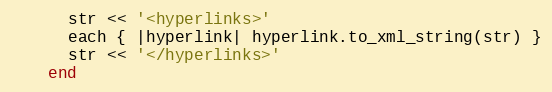
Language: Ruby
      str << '<hyperlinks>'
      each { |hyperlink| hyperlink.to_xml_string(str) }
      str << '</hyperlinks>'
    end